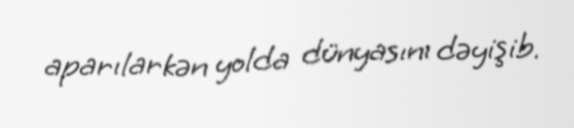
aparılarkən yolda dünyasını dəyişib.